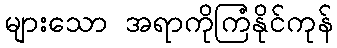
များသော အရာကိုကြံနိုင်ကုန်